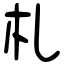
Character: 札